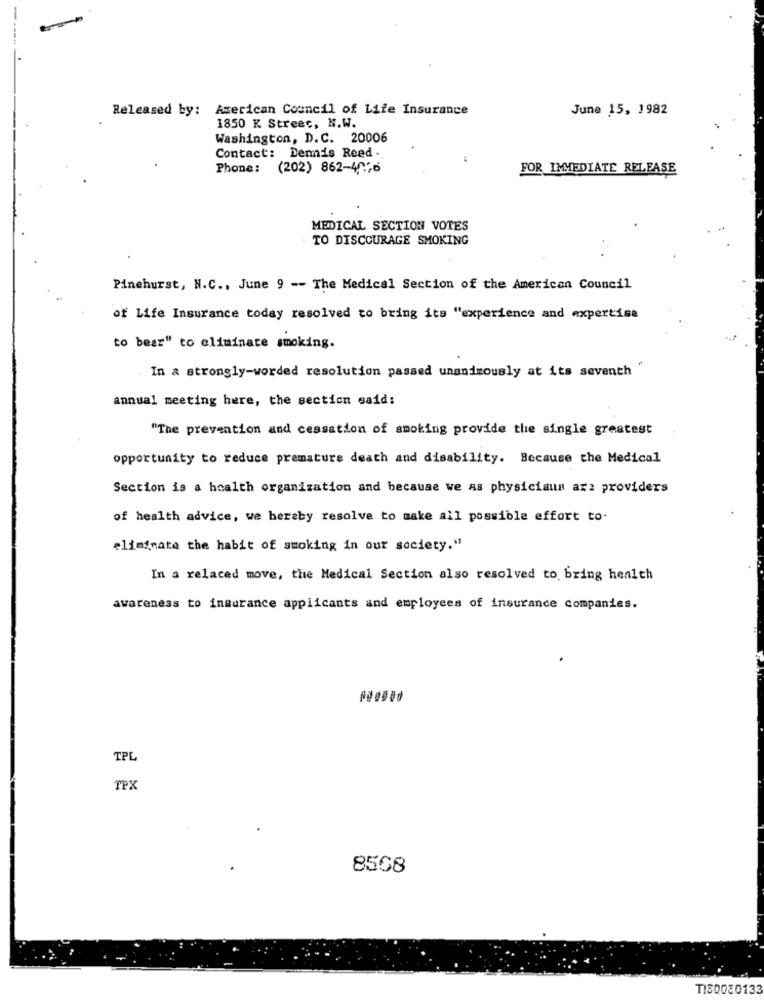
Released by: American Council of Life Insurance
June 15, 1982
1850 K Streec, N.W.
Washington, D.C. 20006
Contact: Denis Read .
Phone: (202) 862-476
FOR IMMEDIATE RELEASE
MEDICAL SECTION VOTES
. TO DISCOURAGE SMOKING
Pinehurst, N.C ., June 9 -- The Medical Section of the American Council
of Life Insurance today resolved to bring its "experience and expertise
to bear" to eliminate smoking.
. In & strongly-worded resolution passed unanimously at its seventh"
annual meeting here, the section said:
"The prevention and cessation of smoking provide the single greatest
opportunity to reduce premature death and disability. Because the Medical
Section is a health organization and because we as physicians arz providers
of health advice, we hereby resolve to make all possible effort to.
eliminate the habit of smoking in our society."
In a relaced move, the Medical Section also resolved to bring health
awareness to insurance applicants and employees of insurance companies.
TPL
TPX
8568
T180030133